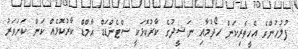
ފުލުހުންގެ އެހީތެރިކަން ހޯދުމާއި ނަޝީދުގެ ކާރުކޮޅަކީ ސްޓެންޑަޑް އާމްޑް ކާރުކޮޅެއް ކަން ކަށަވަރު